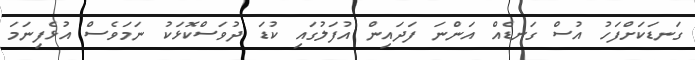
ގަނޑަކަށްފަހު އުސް ގަނޑެއް އަންނަ ފަދައިން އުފަލުގައި ކުޑަ ދުވަސްކޮޅަކު ނަމަވެސް އުޅެފިނަމަ